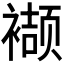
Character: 𮖱